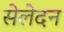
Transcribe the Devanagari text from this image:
सेलेदन